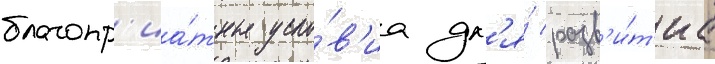
благопр'иа́тные усло́в'иа дл'я́ разв'и́т'иа